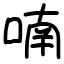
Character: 喃